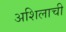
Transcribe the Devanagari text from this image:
अशिलाची